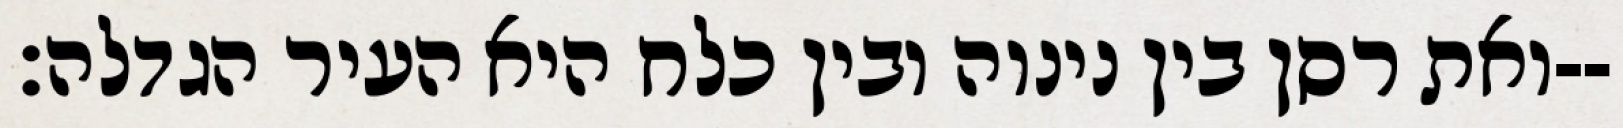
ואת רסן בין נינוה ובין כלח היא העיר הגדלה׃--